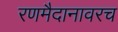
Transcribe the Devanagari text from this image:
रणमैदानावरच